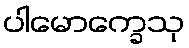
ပါမောက္ခေသု